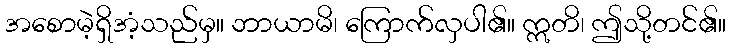
အစောမဲ့ရှိအံ့သည်မှ။ ဘာယာမိ၊ ကြောက်လှပါ၏။ ဣတိ၊ ဤသို့တင်၏။